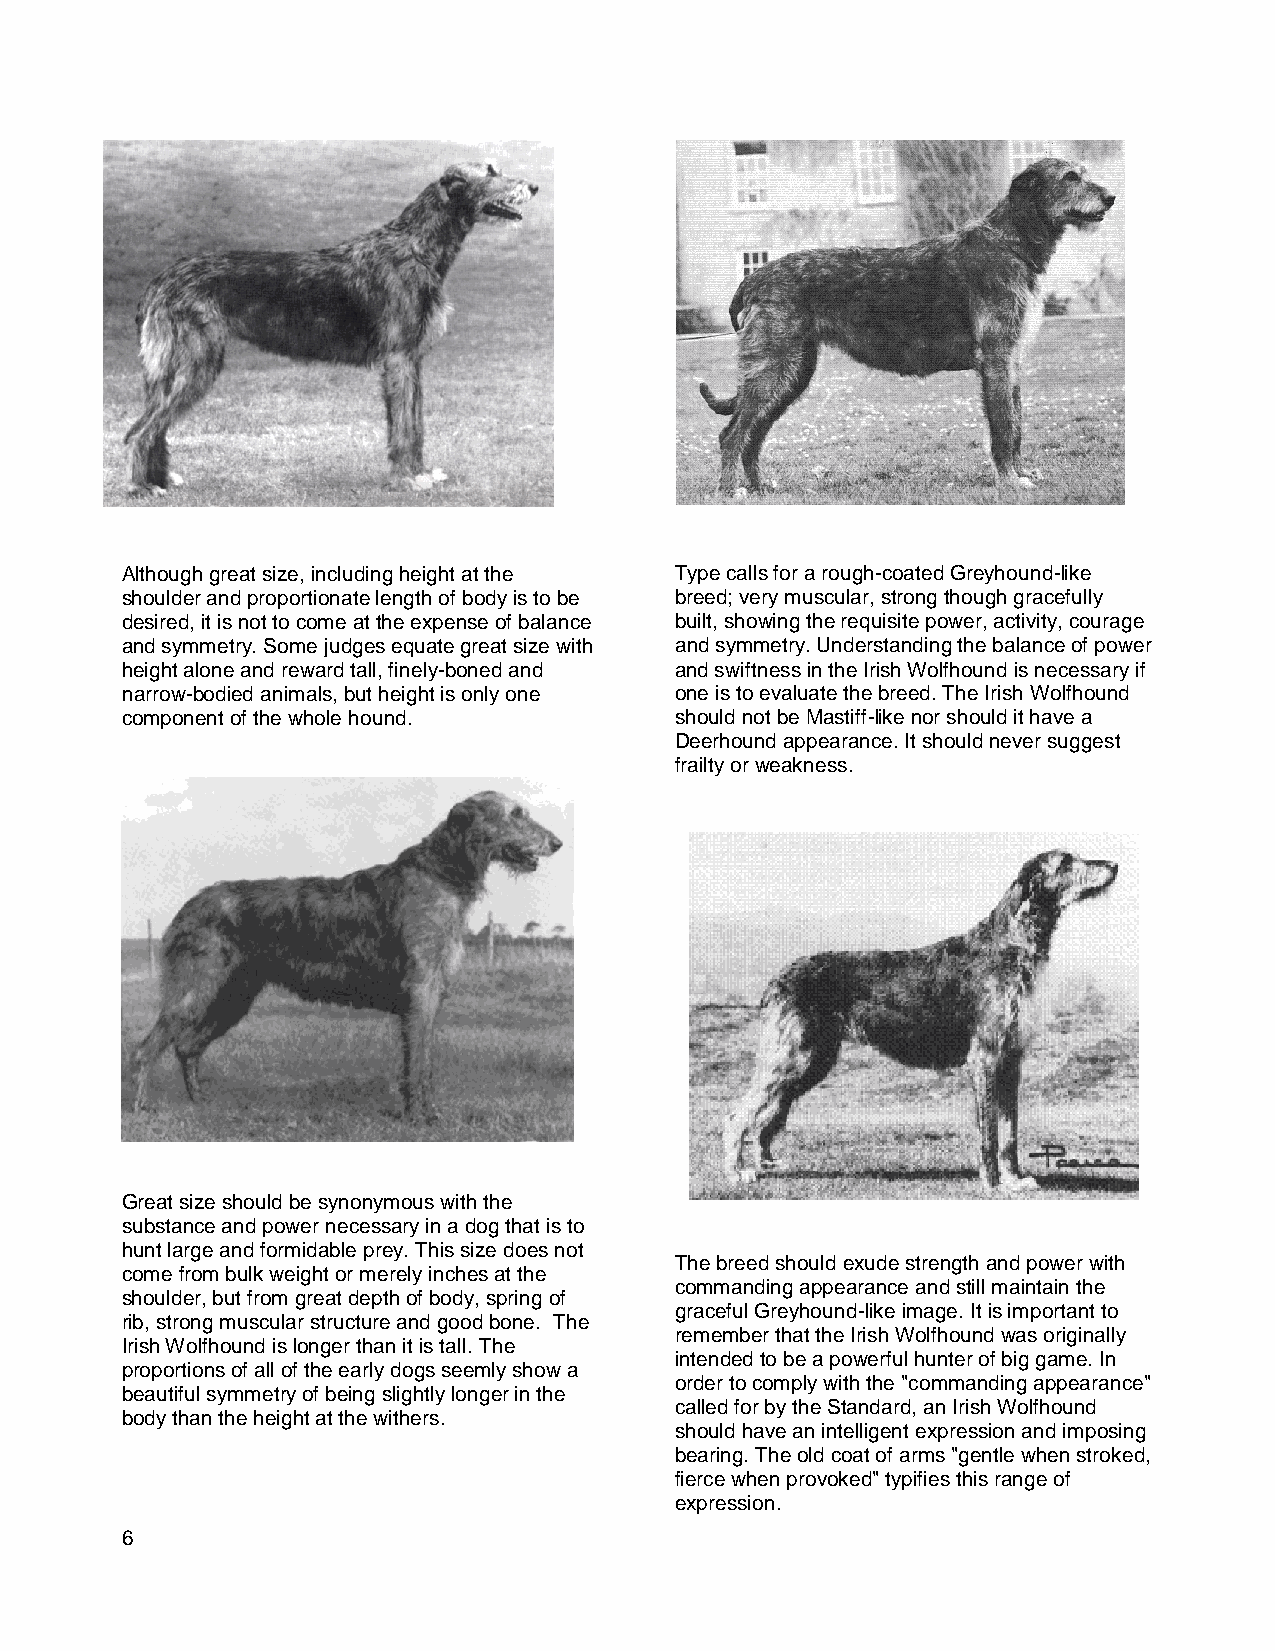
Although great size, including height at the Type calls for a rough-coated Greyhound-like
 shoulder and proportionate length of body is to be breed; very muscular, strong though gracefully
 desired, it is not to come at the expense of balance built, showing the requisite power, activity, courage
 and symmetry. Some judges equate great size with and symmetry. Understanding the balance of power
 height alone and reward tall, finely-boned and and swiftness in the Irish Wolfhound is necessary if
 narrow-bodied animals, but height is only one one is to evaluate the breed. The Irish Wolfhound
 component of the whole hound.        should not be Mastiff-like nor should it have a
 Deerhound appearance. It should never suggest
 frailty or weakness.
 Great size should be synonymous with the
 substance and power necessary in a dog that is to
 hunt large and formidable prey. This size does not
 The breed should exude strength and power with
 come from bulk weight or merely inches at the
 commanding appearance and still maintain the
 shoulder, but from great depth of body, spring of
 graceful Greyhound-like image. It is important to
 rib, strong muscular structure and good bone. The
 remember that the Irish Wolfhound was originally
 Irish Wolfhound is longer than it is tall. The
 intended to be a powerful hunter of big game. In
 proportions of all of the early dogs seemly show a
 order to comply with the "commanding appearance"
 beautiful symmetry of being slightly longer in the
 called for by the Standard, an Irish Wolfhound
 body than the height at the withers.
 should have an intelligent expression and imposing
 bearing. The old coat of arms "gentle when stroked,
 fierce when provoked" typifies this range of
 expression.
 6